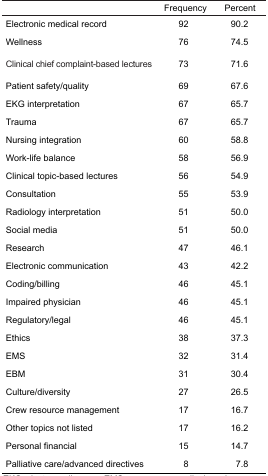
|  | Frequency | Percent |
 | --- | --- | --- |
 | Electronic medical record | 92 | 90.2 |
 | Wellness | 76 | 74.5 |
 | Clinical chief complaint-based lectures | 73 | 71.6 |
 | Patient safety/quality | 69 | 67.6 |
 | EKG interpretation | 67 | 65.7 |
 | Trauma | 67 | 65.7 |
 | Nursing integration | 60 | 58.8 |
 | Work-life balance | 58 | 56.9 |
 | Clinical topic-based lectures | 56 | 54.9 |
 | Consultation | 55 | 53.9 |
 | Radiology interpretation | 51 | 50.0 |
 | Social media | 51 | 50.0 |
 | Research | 47 | 46.1 |
 | Electronic communication | 43 | 42.2 |
 | Coding/billing | 46 | 45.1 |
 | Impaired physician | 46 | 45.1 |
 | Regulatory/legal | 46 | 45.1 |
 | Ethics | 38 | 37.3 |
 | EMS | 32 | 31.4 |
 | EBM | 31 | 30.4 |
 | Culture/diversity | 27 | 26.5 |
 | Crew resource management | 17 | 16.7 |
 | Other topics not listed | 17 | 16.2 |
 | Personal financial | 15 | 14.7 |
 | Palliative care/advanced directives | 8 | 7.8 |